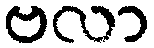
ဗလာ